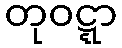
တုဝဋ္ဋာ